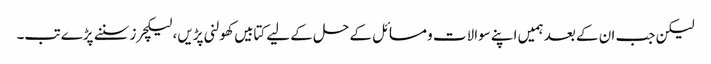
لیکن جب ان کے بعد ہمیں اپنے سوالات و مسائل کے حل کے لیے کتابیں کھولنی پڑیں، لیکچرز سننے پڑے تب۔